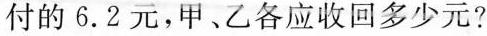
付的6.2元，甲、乙各应收回多少元？